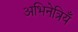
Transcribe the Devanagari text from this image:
अभिनेत्रियँ